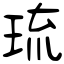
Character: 琉